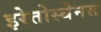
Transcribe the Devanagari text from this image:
इरेतोस्थेनस